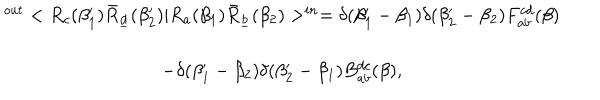
LaTeX: \begin{array} { c } { { ^ { o u t } < R _ { c } ( \beta _ { 1 } ^ { \prime } ) \bar { R } _ { \underline { { d } } } ( \beta _ { 2 } ^ { \prime } ) | R _ { a } ( \beta _ { 1 } ) \bar { R } _ { \underline { { b } } } ( \beta _ { 2 } ) > ^ { i n } = \delta ( \beta _ { 1 } ^ { \prime } - \beta _ { 1 } ) \delta ( \beta _ { 2 } ^ { \prime } - \beta _ { 2 } ) F _ { a b } ^ { c d } ( \beta ) } } \\ { { - \delta ( \beta _ { 1 } ^ { \prime } - \beta _ { 2 } ) \delta ( \beta _ { 2 } ^ { \prime } - \beta _ { 1 } ) B _ { a b } ^ { d c } ( \beta ) , } } \\ \end{array}